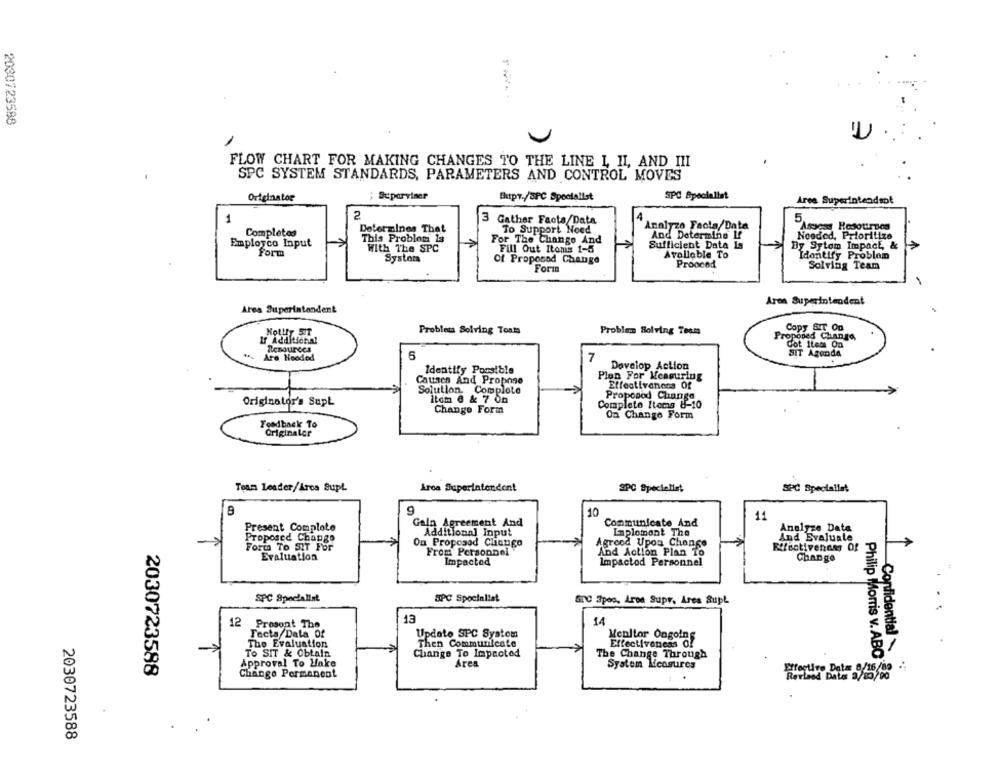
2030723588
FLOW CHART FOR MAKING CHANGES TO THE LINE I, II, AND III
SPC SYSTEM STANDARDS, PARAMETERS AND CONTROL MOVES
Originator
; Suparviner
Butpr./SPC Specialist
SPC Specialist
Area Superintendsot
2
4
5
1
3 Gather Facts/Data
Completos
Determines That
To Support Noed
Analyzo Facta/Data
Assess Resourpos
This Problot 13
For The Change And
And Determine If
Needed, Prioritize
Employco Input
With The SPC
Fill Out Items 1-5
Sufficient Data Is
By Sytem Impact, &
Form
Avollable To
Identify Problem
Systom
Of Proposed Change
Proocod
Forte
Solving Team
Aren Superintendent
Area Superintendent
Copy Sur On
Notlly ST
Problem Solving Toam
Problem Solving Team
If Additional
Proposed Change
Resources
Cot Items On
Are Hooded
6
7
SIT Agenda
Identify Pousible
Develop Action
Causes And Propone
Plon For Measuring
Effectiveness Of
Solution. Comploto
Proposod Change
Originator's Supl
Itom 6 & 7 0m
Change Form
Complete Iteris 8-10
On Change Form
Foodback To
Originaler
Team Leader/Arcs Supl
Arca Superintendent
SPC Specialist
SPC Speciallet
8
g
10
11
Present Complote
Gain Agreement And
Communicate And
Additional Input
Implement The
Analyze Data
Proposed Change
On Proposed Clicngo
Agreed Upon Change
And Evaluate
Fort To SIT For
Effectiveness Of
Evaluation
From Personnel"
And Action Plan To
Change
Impacted
Impactod Personnel
SPC Specialist
SPC Spocialis!
SNC Spoo, Arpa Supr, Ares Supl
13
Prosont The
14
Facta Dala Of
Update SPC System
Monitor Ongoing
Then Communicate
The Evaluation
Effectiveness Of
Confidential
To SIT & Obtain
Change To Improled
The Change Through
Philip Morris v. ABO
Approval To Make
Area
System Measures
2030723588
Change Permanent
Tective Data 8/15/
2030723588